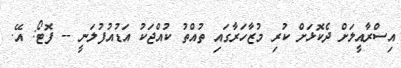
އިސްރާއީލަށް ދެކޮޅަށް ކުރި މުޒާހަރާގައި ތުއްތު ކުއްޖަކު އަޑުއުފުލަނީ -- ފޮޓޯ: އޭ.